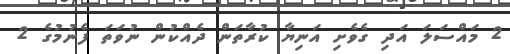
2 މައްސަލަ އަދި ގެވެށި އަނިޔާ ކުރާތަން ދެއްކުން ނުވަތަ ފެނުމުގެ 2